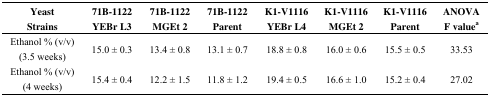
| Yeast Strains | 71B-1122 YEBr L3 | 71B-1122 MGEt 2 | 71B-1122 Parent | K1-V1116 YEBr L4 | K1-V1116 MGEt 2 | K1-V1116 Parent | ANOVA F valuea |
 | --- | --- | --- | --- | --- | --- | --- | --- |
 | Ethanol % (v/v) (3.5 weeks) | 15.0 ± 0.3 | 13.4 ± 0.8 | 13.1 ± 0.7 | 18.8 ± 0.8 | 16.0 ± 0.6 | 15.5 ± 0.5 | 33.53 |
 | Ethanol % (v/v) (4 weeks) | 15.4 ± 0.4 | 12.2 ± 1.5 | 11.8 ± 1.2 | 19.4 ± 0.5 | 16.6 ± 1.0 | 15.2 ± 0.4 | 27.02 |